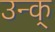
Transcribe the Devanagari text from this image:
उन्क्